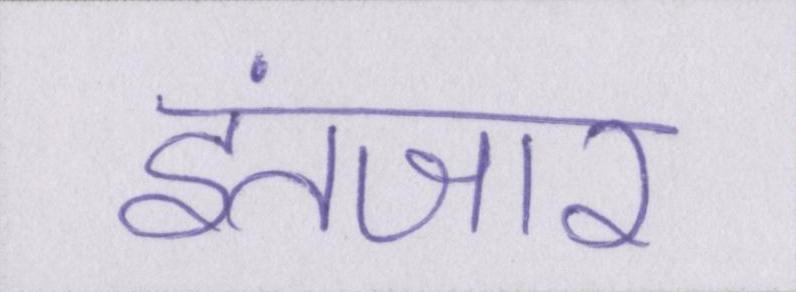
इंतजार